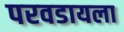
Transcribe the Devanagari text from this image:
परवडायला